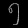
Digit: ၅